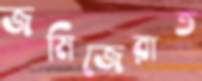
জমিজেরাত